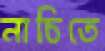
নাচিতে